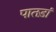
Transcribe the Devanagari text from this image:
पातड़ां